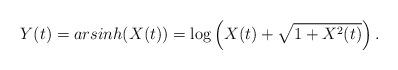
LaTeX: \begin{align*}Y(t)=arsinh(X(t))=\log\left(X(t)+\sqrt{1+X^2(t)}\right).\end{align*}